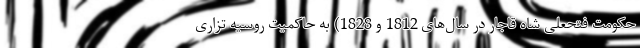
حکومت فتحعلی شاه قاجار در سال‌های 1812 و 1828) به حاکمیت روسیه تزاری